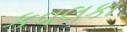
કવલકા